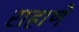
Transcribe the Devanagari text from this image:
राहाणें